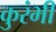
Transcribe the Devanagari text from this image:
कुरंभी